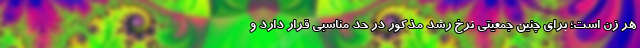
هر زن است؛ برای چنین جمعیتی نرخ رشد مذکور در حد مناسبی قرار دارد و